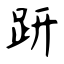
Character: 趼